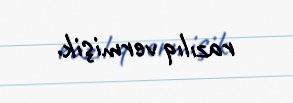
razılıq vermişik.